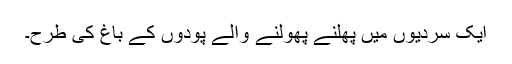
ایک سردیوں میں پھلنے پھولنے والے پودوں کے باغ کی طرح۔